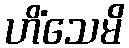
ဟိံသေမိ